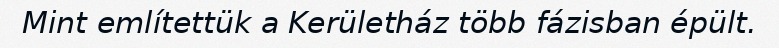
Mint említettük a Kerületház több fázisban épült.